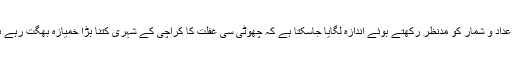
ان اعداد و شمار کو مدنظر رکھتے ہوئے اندازہ لگایا جاسکتا ہے کہ چھوٹی سی غفلت کا کراچی کے شہری کتنا بڑا خمیازہ بھگت رہے ہیں۔